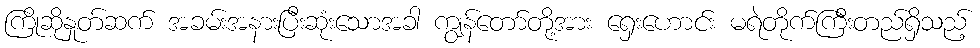
ကြိုဆိုနှုတ်ဆက် အခမ်းအနားပြီးဆုံးသောအခါ ကျွန်တော်တို့အား ရှေးဟောင်း မရဲတိုက်ကြီးတည်ရှိသည့်